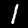
Label: 1